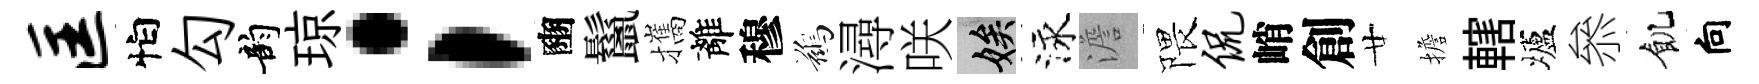
匡怕勾韵琼；豳鬣攜離穆鷀潯咲娭泳澹隈侃峭創廿擔轄壚叅飢向